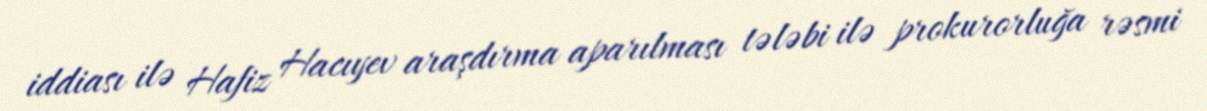
iddiası ilə Hafiz Hacıyev araşdırma aparılması tələbi ilə prokurorluğa rəsmi